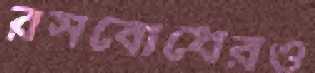
রসবোধেরও